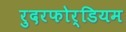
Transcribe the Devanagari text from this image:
रुदरफोर्डियम